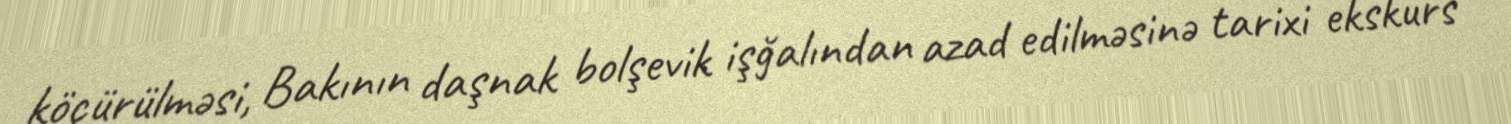
köçürülməsi, Bakının daşnak bolşevik işğalından azad edilməsinə tarixi ekskurs